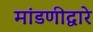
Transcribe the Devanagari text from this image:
मांडणीद्वारे